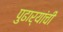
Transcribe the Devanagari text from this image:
पुढार्‍यांची